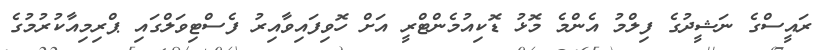
ރައީސްގެ ނަޝީދުގެ ފިލްމު އެންމެ މޮޅު ޑޮކިއުމެންޓްރީ އަށް ހޮވިފައިވާއިރު ފެސްޓިވަލްގައި ޕްރިމިއާކުރުމުގެ